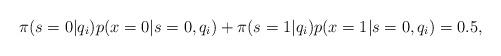
LaTeX: \begin{align*} \pi(s=0|q_i)p(x=0|s=0,q_i)+\pi(s=1|q_i)p(x=1|s=0,q_i)&=0.5,\end{align*}